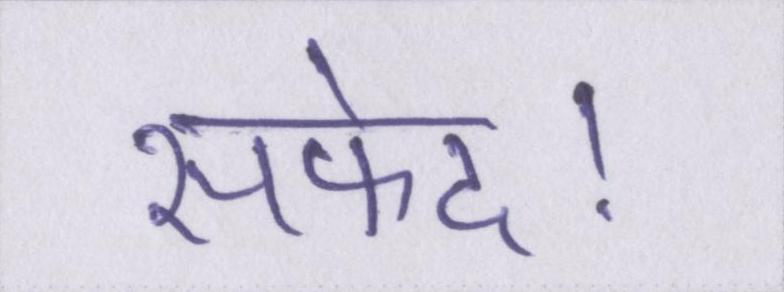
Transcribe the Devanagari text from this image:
सफेद।